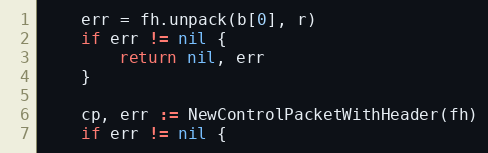
Language: Go
	err = fh.unpack(b[0], r)
	if err != nil {
		return nil, err
	}

	cp, err := NewControlPacketWithHeader(fh)
	if err != nil {